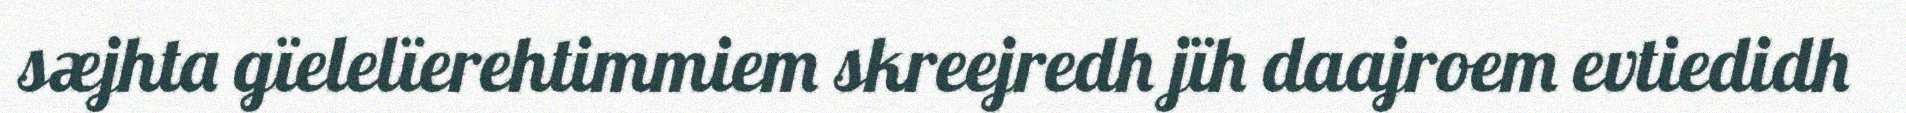
sæjhta gïelelïerehtimmiem skreejredh jïh daajroem evtiedidh